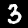
Digit: 3